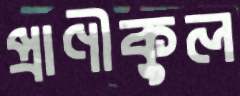
প্রাণীকুল